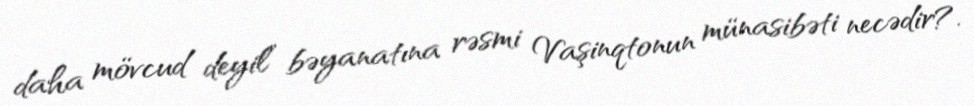
daha mövcud deyil” bəyanatına rəsmi Vaşinqtonun münasibəti necədir?.